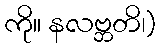
ကို။ နလဗ္ဘတိ၊)